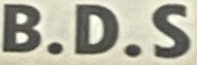
B.D.S